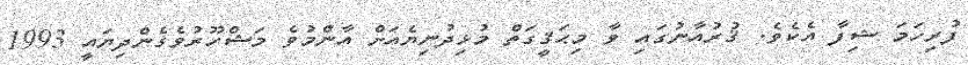
ފުރިހަމަ ޝިފާ އެކެވެ. ޤުރުއާނުގައި ވާ މިޙަޤީގަތް މުޅިދުނިޔެއަށް އާންމުވެ މަޝްހޫރުވެގެންދިޔައީ 1993